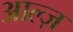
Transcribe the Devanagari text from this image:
आल्ज़